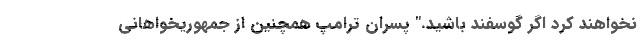
نخواهند کرد اگر گوسفند باشید." پسران ترامپ همچنین از جمهوریخواهانی